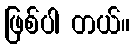
ဖြစ်ပါ တယ်။